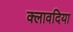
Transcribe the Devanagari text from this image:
क्लावदिया